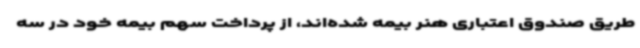
طریق صندوق اعتباری هنر بیمه شده‌اند، از پرداخت سهم بیمه خود در سه